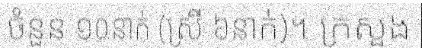
ចំនួន ១០នាក់ (ស្រី ៦នាក់)។ ក្រសួង